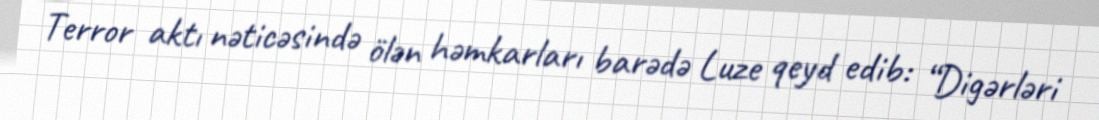
Terror aktı nəticəsində ölən həmkarları barədə Luze qeyd edib: “Digərləri